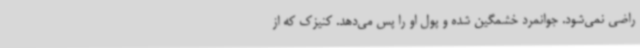
راضی نمی‌شود. جوانمرد خشمگین شده و پول او را پس می‌دهد. کنیزک که از